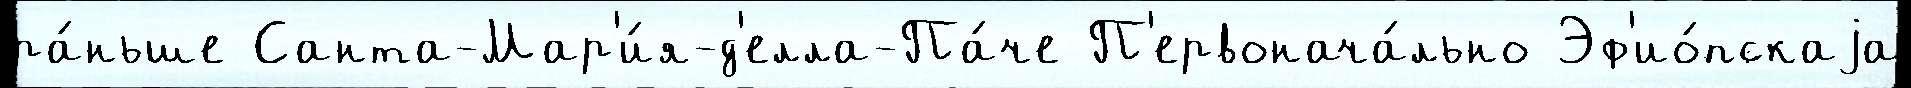
ра́ньше Санта-Мар'и́я-д'елла-Па́че П'ервонача́льно Эф'ио́пскаjа